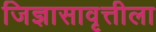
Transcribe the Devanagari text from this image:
जिज्ञासावृत्तीला